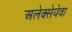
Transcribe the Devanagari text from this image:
अलेक्सेयेवा